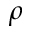
\rho